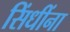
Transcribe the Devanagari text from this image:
सिंधींना